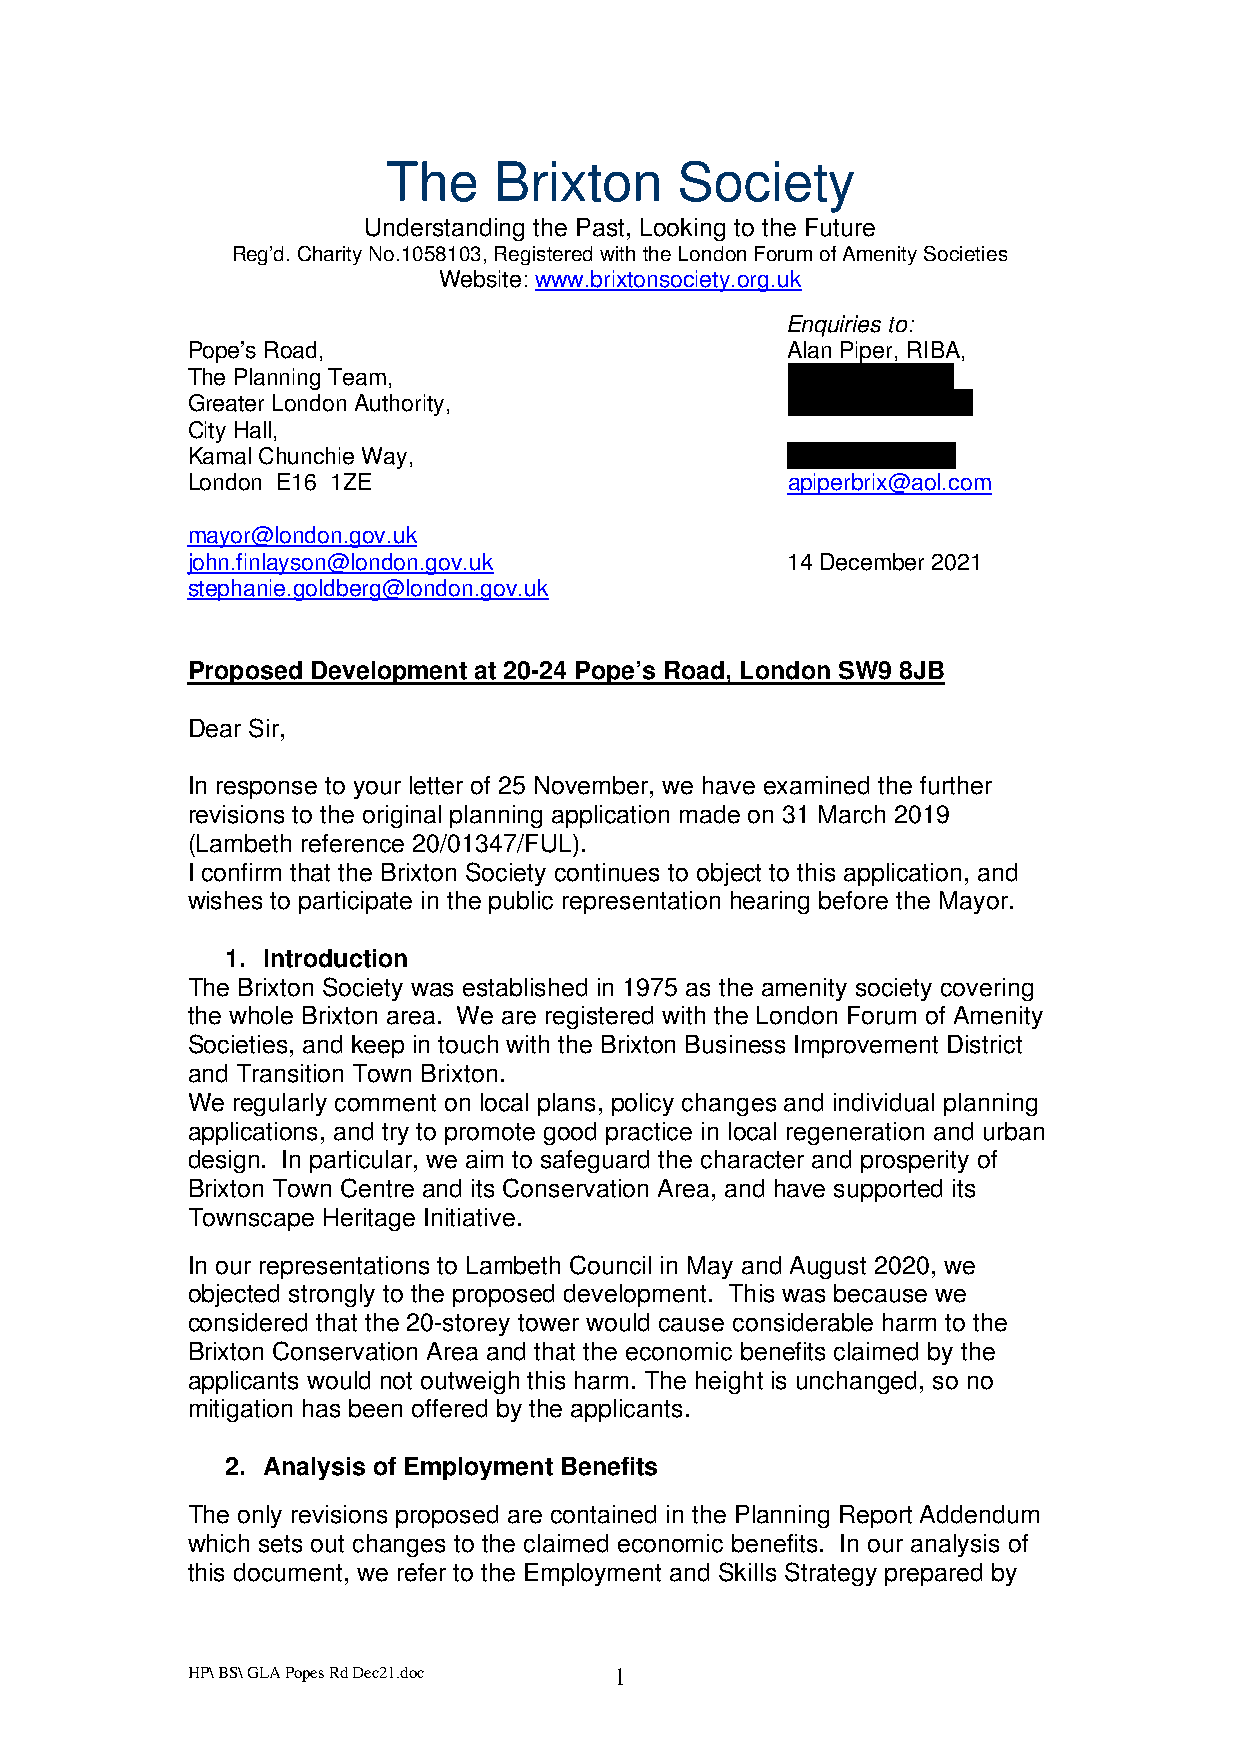
The    Brixton     Society
 Understanding the Past, Looking to the Future
 Reg’d. Charity No.1058103, Registered with the London Forum of Amenity Societies
 Website: www.brixtonsociety.org.uk
 Enquiries to:
 Pope’s Road,                            Alan Piper, RIBA,
 The Planning Team,                      82 Mayall Road,
 Greater London Authority,               London SE24 0PJ
 City Hall,
 Kamal Chunchie Way,                     (020) 7207 0347
 London E16 1ZE                          apiperbrix@aol.com
 mayor@london.gov.uk
 john.finlayson@london.gov.uk            14 December 2021
 stephanie.goldberg@london.gov.uk
 Proposed Development at 20-24 Pope’s Road, London SW9 8JB
 Dear Sir,
 In response to your letter of 25 November, we have examined the further
 revisions to the original planning application made on 31 March 2019
 (Lambeth reference 20/01347/FUL).
 I confirm that the Brixton Society continues to object to this application, and
 wishes to participate in the public representation hearing before the Mayor.
 1. Introduction
 The Brixton Society was established in 1975 as the amenity society covering
 the whole Brixton area. We are registered with the London Forum of Amenity
 Societies, and keep in touch with the Brixton Business Improvement District
 and Transition Town Brixton.
 We regularly comment on local plans, policy changes and individual planning
 applications, and try to promote good practice in local regeneration and urban
 design. In particular, we aim to safeguard the character and prosperity of
 Brixton Town Centre and its Conservation Area, and have supported its
 Townscape Heritage Initiative.
 In our representations to Lambeth Council in May and August 2020, we
 objected strongly to the proposed development. This was because we
 considered that the 20-storey tower would cause considerable harm to the
 Brixton Conservation Area and that the economic benefits claimed by the
 applicants would not outweigh this harm. The height is unchanged, so no
 mitigation has been offered by the applicants.
 2. Analysis of Employment Benefits
 The only revisions proposed are contained in the Planning Report Addendum
 which sets out changes to the claimed economic benefits. In our analysis of
 this document, we refer to the Employment and Skills Strategy prepared by
 HP\ BS\ GLA Popes Rd Dec21.doc 1